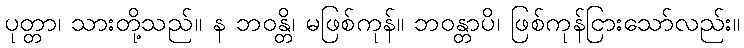
ပုတ္တာ၊ သားတို့သည်။ န ဘဝန္တိ၊ မဖြစ်ကုန်။ ဘဝန္တာပိ၊ ဖြစ်ကုန်ငြားသော်လည်း။